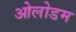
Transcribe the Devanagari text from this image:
ओलोडम